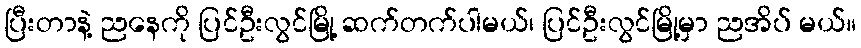
ပြီးတာနဲ့ ညနေကို ပြင်ဦးလွင်မြို့ ဆက်တက်ပါမယ်၊ ပြင်ဦးလွင်မြို့မှာ ညအိပ် မယ်။